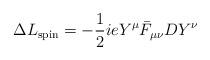
LaTeX: \begin{align*}\Delta L_{\rm spin} = -{1\over 2}ieY^{\mu}\bar F_{\mu\nu}DY^{\nu}\\\end{align*}